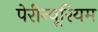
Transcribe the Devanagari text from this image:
पेरीन्यूरियम